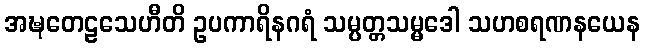
အဍ္ဎတေဠသေဟီတိ ဥပကာရိနဂရံ သမ္ပတ္တသမ္မဒေါ သဟစရဏနယေန